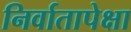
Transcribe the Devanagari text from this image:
निर्वातापेक्षा